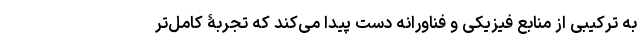
به ترکیبی از منابع فیزیکی و فناورانه دست پیدا می‌کند که تجربۀ کامل‌تر